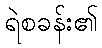
ရဲစခန်း၏